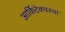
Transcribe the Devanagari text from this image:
आर्किटेक्चरचा